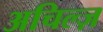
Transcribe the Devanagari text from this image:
अचिल्ज़